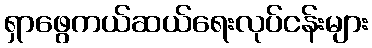
ရှာဖွေကယ်ဆယ်ရေးလုပ်ငန်းများ